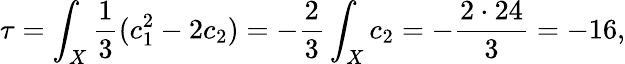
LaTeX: \tau=\int_{X}\frac{1}{3}(c_{1}^{2}-2c_{2})=-\frac{2}{3}\int_{X}c_{2}=-\frac{2\cdot 24}{3}=-16,